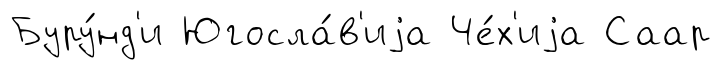
Буру́нд'и Югосла́в'иjа Че́х'иjа Саар